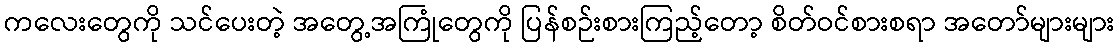
ကလေးတွေကို သင်ပေးတဲ့ အတွေ့အကြုံတွေကို ပြန်စဉ်းစားကြည့်တော့ စိတ်ဝင်စားစရာ အတော်များများ